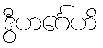
ဒွီဟင်္ဂေဟိ